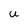
Character: U